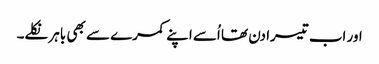
اور اب تیسرا دن تھا اُسے اپنے کمرے سے بھی باہر نکلے۔